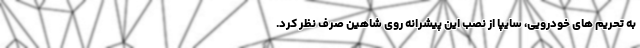
به تحریم های خودرویی، سایپا از نصب این پیشرانه روی شاهین صرف نظر کرد.